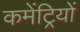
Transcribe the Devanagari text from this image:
कमेंट्रियों